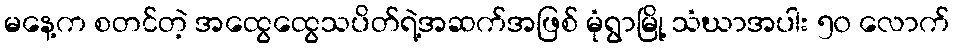
မနေ့က စတင်တဲ့ အထွေထွေသပိတ်ရဲ့အဆက်အဖြစ် မုံရွာမြို့ သံဃာအပါး ၅၀ လောက်